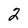
Character: 2